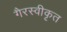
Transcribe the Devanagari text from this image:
गैरस्वीकृत